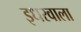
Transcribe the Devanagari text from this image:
इधरवाला